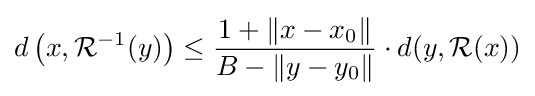
d\left(x,{\mathcal {R}}^{-1}(y)\right)\leq {\frac {1+\left\|x-x_{0}\right\|}{B-\left\|y-y_{0}\right\|}}\cdot d(y,{\mathcal {R}}(x))